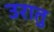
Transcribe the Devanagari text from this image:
उरातु